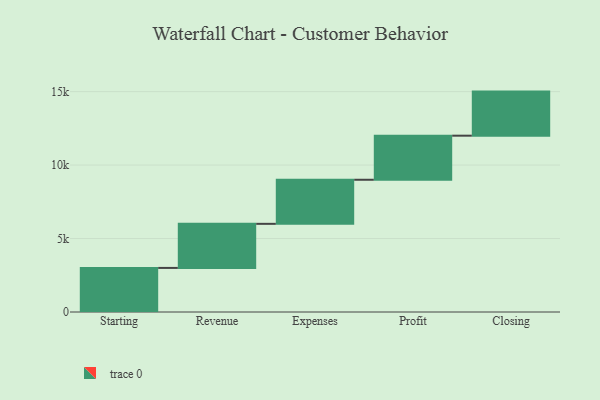
{"axis": {"x": "Step", "y": "Value"}, "legend": [""], "data": [{"x": "Starting", "y": 3000, "type": ""}, {"x": "Revenue", "y": 3000, "type": ""}, {"x": "Expenses", "y": 3000, "type": ""}, {"x": "Profit", "y": 3000, "type": ""}, {"x": "Closing", "y": 3000, "type": ""}]}